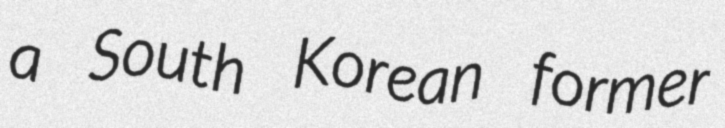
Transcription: a South Korean former